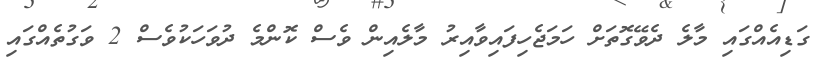
ގަޑިއެއްގައި މާލެ ދެވޭގޮތަށް ހަމަޖެހިފައިވާއިރު މާލެއިން ވެސް ކޮންމެ ދުވަހަކުވެސް 2 ވަގުތެއްގައި